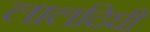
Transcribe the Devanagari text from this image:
लालदिघी